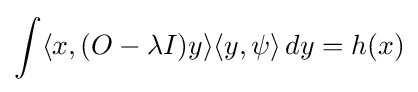
\int \langle x,(O-\lambda I)y\rangle \langle y,\psi \rangle \,dy=h(x)